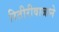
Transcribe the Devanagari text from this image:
रितीरीवाजाने